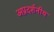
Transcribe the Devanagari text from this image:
अप्रदर्शनीय